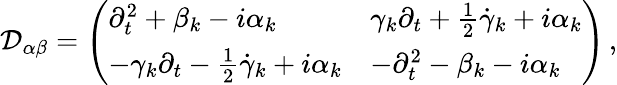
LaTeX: {\cal D}_{\alpha\beta}=\left(\begin{array}{ll}{{\partial_{t}^{2}+\beta_{k}-i\alpha_{k}}}&{{\gamma_{k}\partial_{t}+\textstyle{\frac{1}{2}}\dot{\gamma}_{k}+i\alpha_{k}}}\\ {{-\gamma_{k}\partial_{t}-\textstyle{\frac{1}{2}}\dot{\gamma}_{k}+i\alpha_{k}}}&{{-\partial_{t}^{2}-\beta_{k}-i\alpha_{k}}}\end{array}\right)\, ,